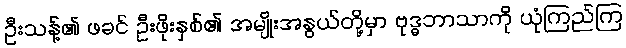
ဦးသန့်၏ ဖခင် ဦးဖိုးနှစ်၏ အမျိုးအနွယ်တို့မှာ ဗုဒ္ဓဘာသာကို ယုံကြည်ကြ